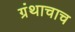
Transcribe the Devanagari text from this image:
ग्रंथाचाच